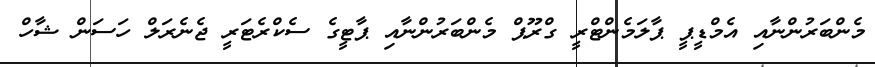
މެންބަރުންނާއި އެމްޑީޕީ ޕާލަމެންޓްރީ ގްރޫޕް މެންބަރުންނާއި ޕާޓީގެ ސެކްރެޓަރީ ޖެނެރަލް ހަސަން ޝާހް